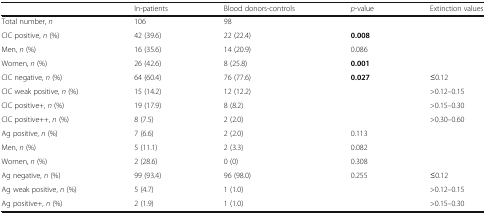
<table><thead><tr><td></td><td><b>In-patients</b></td><td><b>Blood donors-controls</b></td><td><b><i>p</i>-value</b></td><td><b>Extinction values</b></td></tr></thead><tbody><tr><td>Total number, <i>n</i></td><td>106</td><td>98</td><td></td><td></td></tr><tr><td>CIC positive, <i>n</i> (%)</td><td>42 (39.6)</td><td>22 (22.4)</td><td><b>0.008</b></td><td></td></tr><tr><td>Men, <i>n</i> (%)</td><td>16 (35.6)</td><td>14 (20.9)</td><td>0.086</td><td></td></tr><tr><td>Women, <i>n</i> (%)</td><td>26 (42.6)</td><td>8 (25.8)</td><td><b>0.001</b></td><td></td></tr><tr><td>CIC negative, <i>n</i> (%)</td><td>64 (60.4)</td><td>76 (77.6)</td><td><b>0.027</b></td><td>≤0.12</td></tr><tr><td>CIC weak positive, <i>n</i> (%)</td><td>15 (14.2)</td><td>12 (12.2)</td><td></td><td>&gt;0.12–0.15</td></tr><tr><td>CIC positive+, <i>n</i> (%)</td><td>19 (17.9)</td><td>8 (8.2)</td><td></td><td>&gt;0.15–0.30</td></tr><tr><td>CIC positive++, <i>n</i> (%)</td><td>8 (7.5)</td><td>2 (2.0)</td><td></td><td>&gt;0.30–0.60</td></tr><tr><td>Ag positive, <i>n</i> (%)</td><td>7 (6.6)</td><td>2 (2.0)</td><td>0.113</td><td></td></tr><tr><td>Men, <i>n</i> (%)</td><td>5 (11.1)</td><td>2 (3.3)</td><td>0.082</td><td></td></tr><tr><td>Women, <i>n</i> (%)</td><td>2 (28.6)</td><td>0 (0)</td><td>0.308</td><td></td></tr><tr><td>Ag negative, <i>n</i> (%)</td><td>99 (93.4)</td><td>96 (98.0)</td><td>0.255</td><td>≤0.12</td></tr><tr><td>Ag weak positive, <i>n</i> (%)</td><td>5 (4.7)</td><td>1 (1.0)</td><td></td><td>&gt;0.12–0.15</td></tr><tr><td>Ag positive+, <i>n</i> (%)</td><td>2 (1.9)</td><td>1 (1.0)</td><td></td><td>&gt;0.15–0.30</td></tr></tbody></table>